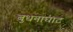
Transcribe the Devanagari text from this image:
बुधनाघाट